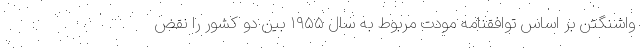
واشنگتن بر اساس توافقنامه مودت مربوط به سال ۱۹۵۵ بین دو کشور را نقض